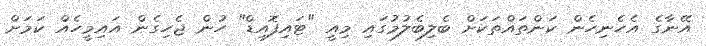
އޭނާގެ އެހެނިހެން ކަންތައްތަކަށް ބެލިބެލުމުގައި މިއީ "ޓައިފޮއިޑް" ހުން ޖެހިގެން އައިމީހެއް ކަމަށް